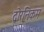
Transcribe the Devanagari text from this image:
द्वोरनिकम